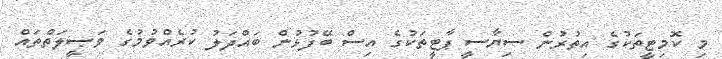
މި ކޮމިޓީތަކުގެ އިތުރުން ސިޔާސީ ޕާޓީތަކުގެ އިސް ބޭފުޅުން ބައްދަލު ކުރެއްވުމުގެ ވަޞީލަތްތައް